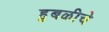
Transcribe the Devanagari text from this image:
हुबळीचे